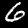
Label: 6